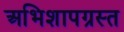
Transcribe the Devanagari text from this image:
अभिशापग्रस्त